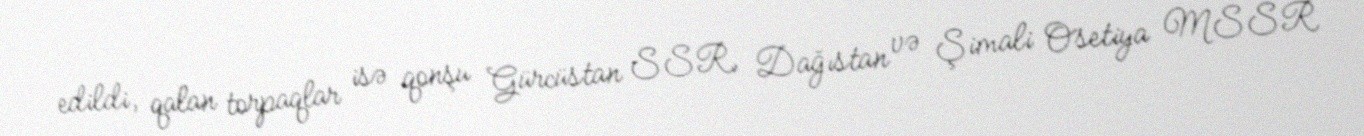
edildi, qalan torpaqlar isə qonşu Gürcüstan SSR, Dağıstan və Şimali Osetiya MSSR